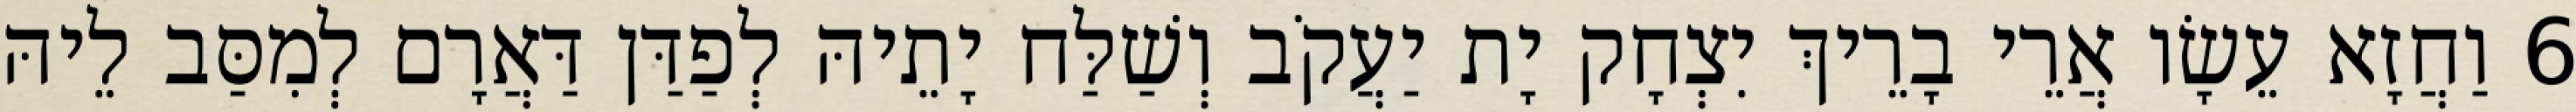
6 וַחֲזָא עֵשָׂו אֲרֵי בָרֵיךְ יִצְחָק יָת יַעֲקֹב וְשַׁלַּח יָתֵיהּ לְפַדַּן דַּאֲרָם לְמִסַּב לֵיהּ